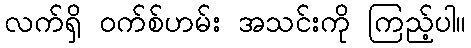
လက်ရှိ ဝက်စ်ဟမ်း အသင်းကို ကြည့်ပါ။